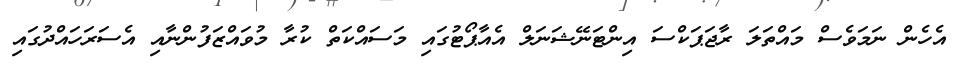
އެހެން ނަމަވެސް މައްތަލަ ރާޖަޕަކްސަ އިންޓަނޭޝަނަލް އެއާޕޯޓުގައި މަސައްކަތް ކުރާ މުވައްޒަފުންނާއި އެސަރަހައްދުގައި